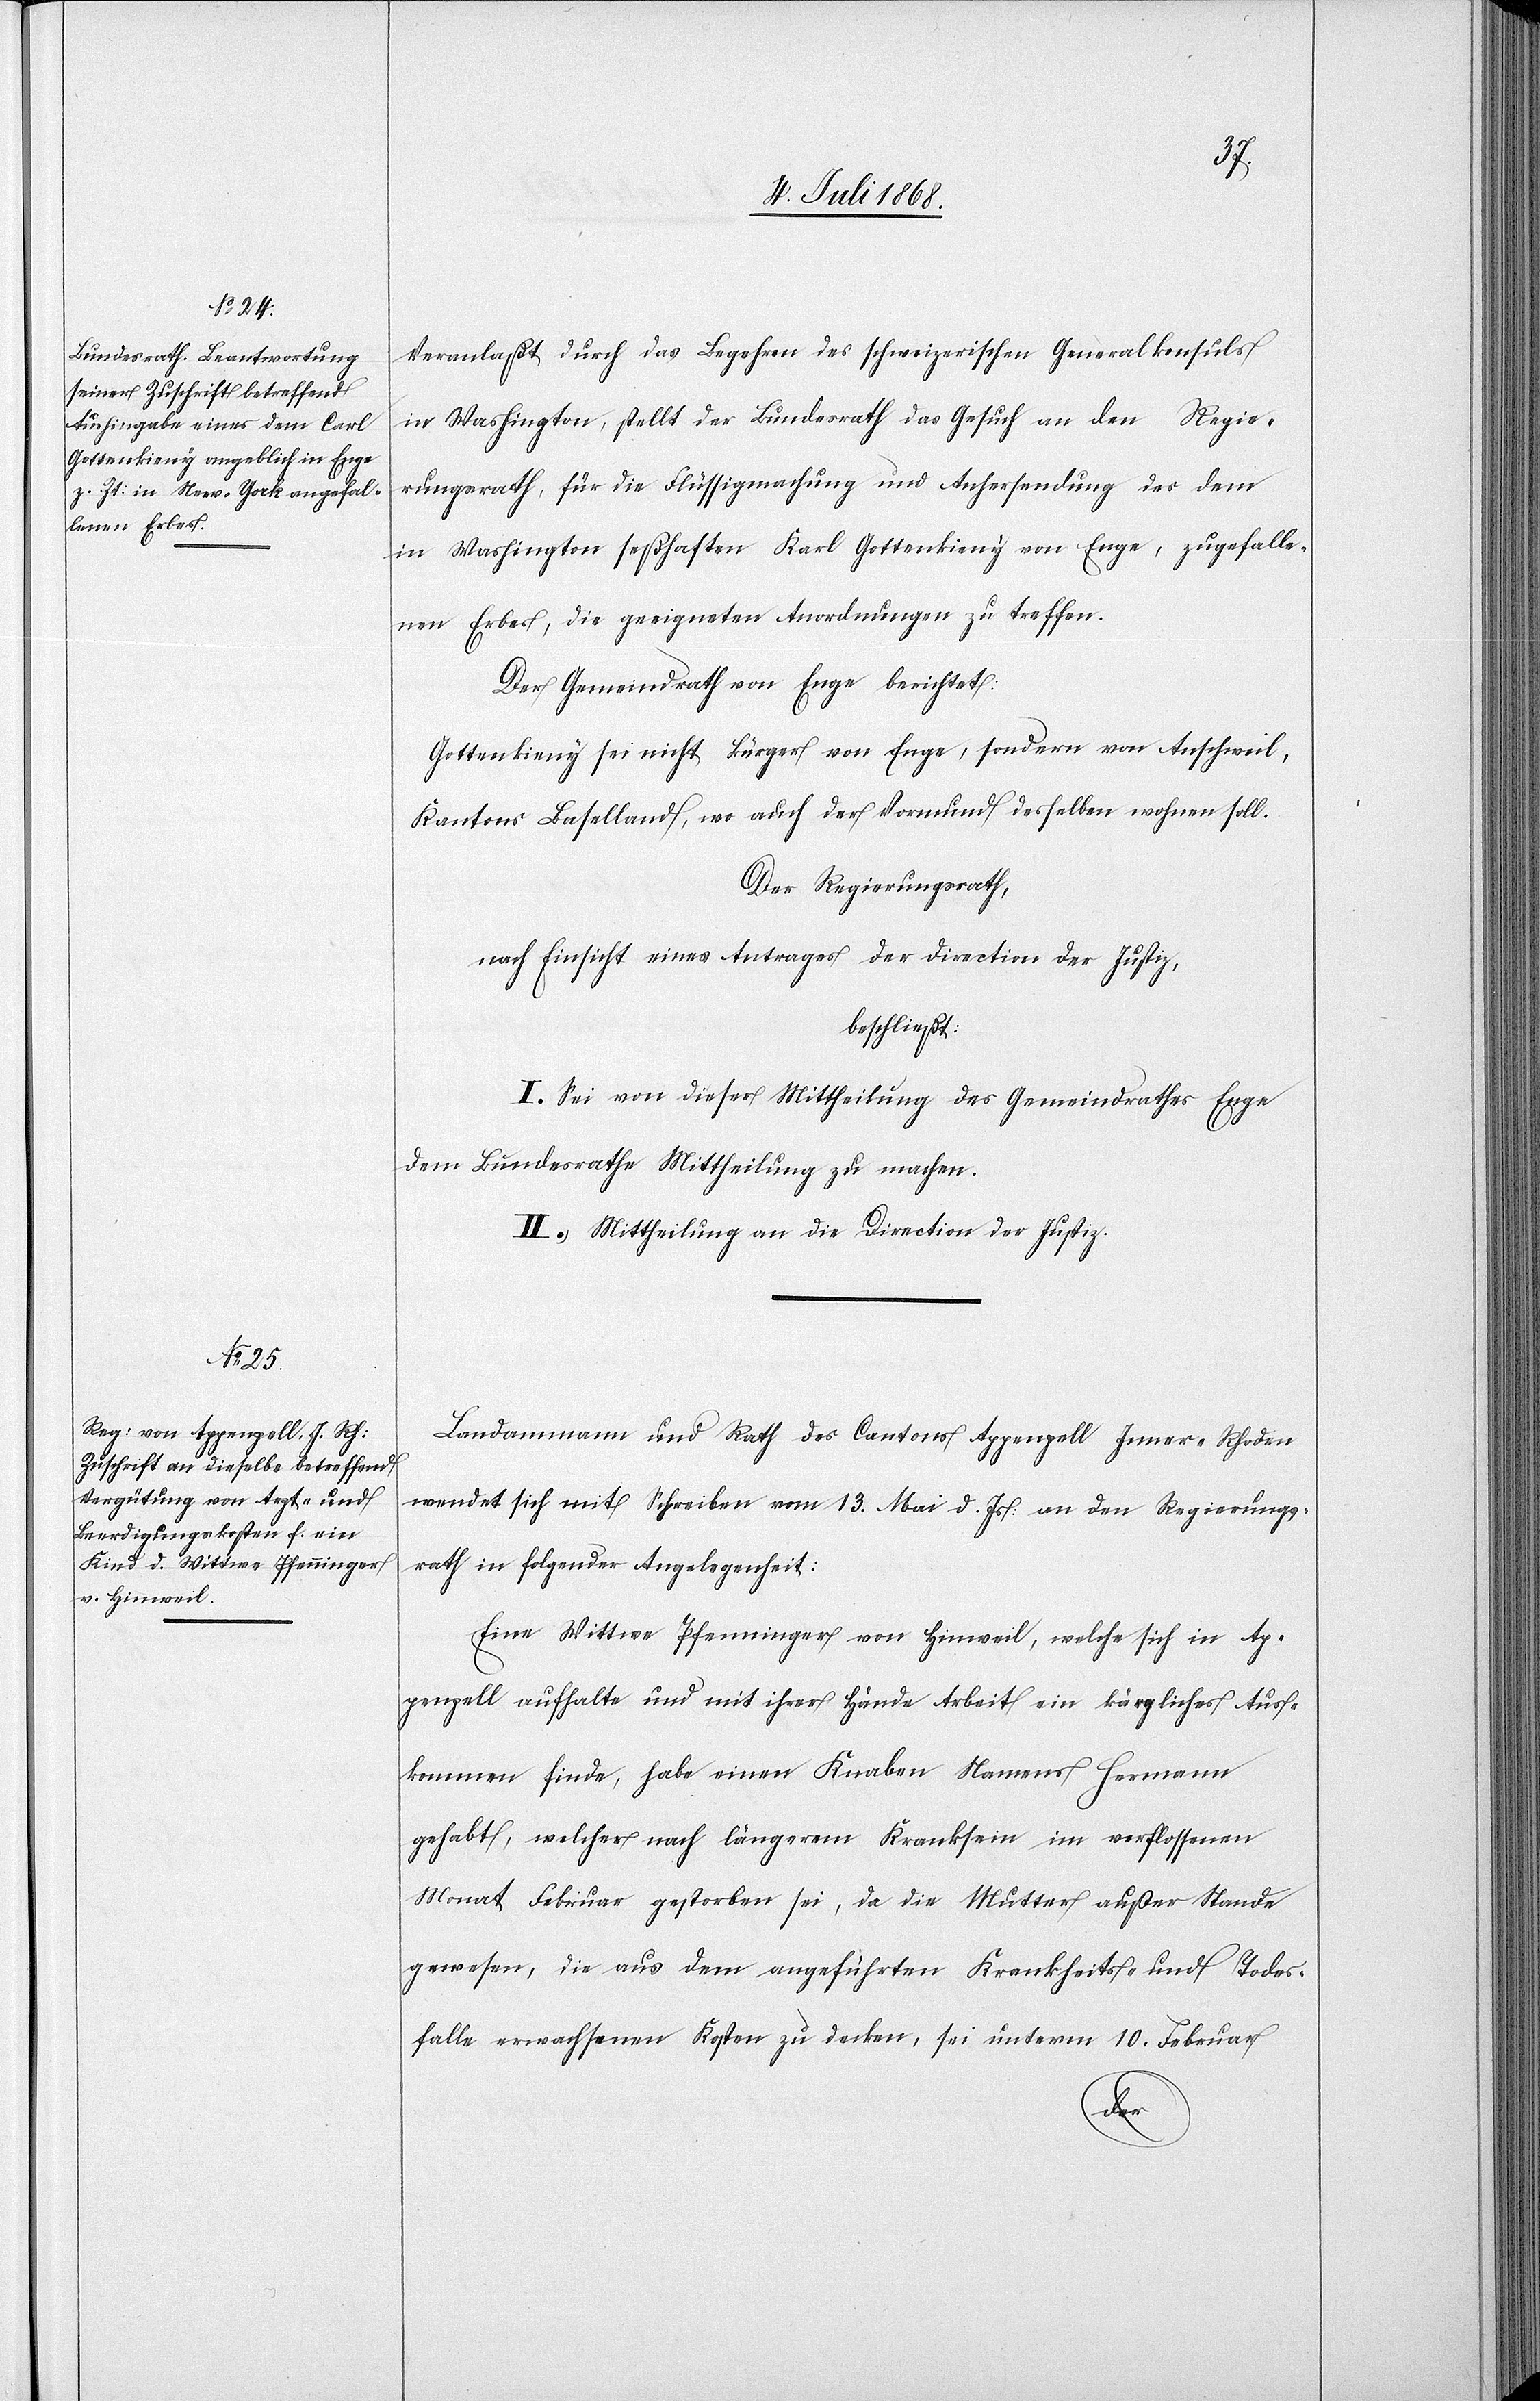
Veranlaßt durch das Begehren des schweizerischen Generalkonsuls
in Washington, stellt der Bundesrath das Gesuch an den Regie¬
rungsrath, für die Flüssigmachung und Anhersendung des dem
in Washington seßhaften Karl Gottenkieny von Enge, zugefalle¬
nen Erbes, die geeigneten Anordnungen zu treffen.
Der Gemeindrath von Enge berichtet:
Gottenkieny sei nicht Bürger von Enge, sondern von Anschweil,
Kantons Baselland, wo auch der Vormund desselben wohnen soll.
Der Regierungsrath,
nach Einsicht eines Antrages der Direction der Justiz,
beschließt:
I.) Sei von dieser Mittheilung des Gemeindrathes Enge
dem Bundesrathe Mittheilung zu machen.
II.) Mittheilung an die Direction der Justiz.
Landammann und Rath des Cantons Appenzell Inner-Rhoden
wendet sich mit Schreiben vom 13. Mai d. Js: an den Regierungs¬
rath in folgender Angelegenheit:
Eine Wittwe Pfenninger von Hinweil, welche sich in Ap¬
penzell aufhalte und mit ihrer Hände Arbeit ein körperliches Aus¬
kommen finde, habe einen Knaben Namens Hermann
gehabt, welcher nach längerem Kranksein im verflossenen
Monat Februar gestorben sei, da die Mutter außer Stande
gewesen, die aus dem angeführten Krankheits- und Todes¬
falle erwachsenen Kosten zu decken, sei unterm 10. Februar